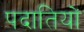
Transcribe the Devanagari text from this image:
पदातियों